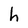
Character: h